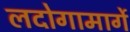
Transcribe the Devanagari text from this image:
लदोगामार्गे